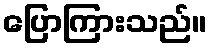
ပြောကြားသည်။